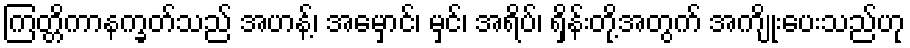
ကြတ္တိကာနက္ခတ်သည် အဟန့်၊ အမှောင်၊ မှင်၊ အရိပ်၊ ရှိန်းတို့အတွက် အကျိုးပေးသည်ဟု